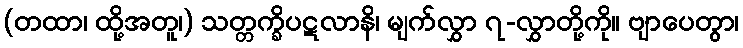
(တထာ၊ ထို့အတူ၊) သတ္တက္ခိပဋလာနိ၊ မျက်လွှာ ၇-လွှာတို့ကို။ ဗျာပေတွာ၊